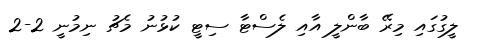
ލީގުގައި މިރޭ ބާންލީ އާއި ލެސްޓާ ސިޓީ ކުޅުނު މެޗު ނިމުނީ 2-2